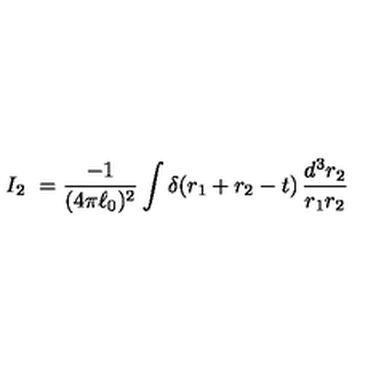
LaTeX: I _ { 2 } \ = \frac { - 1 } { ( 4 \pi { \ell _ { 0 } } ) ^ { 2 } } \int \delta \! \left( r _ { 1 } + r _ { 2 } - t \right) \frac { d ^ { 3 } r _ { 2 } } { r _ { 1 } r _ { 2 } }